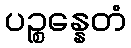
ပဉ္စန္နေတံ